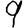
Digit: 9